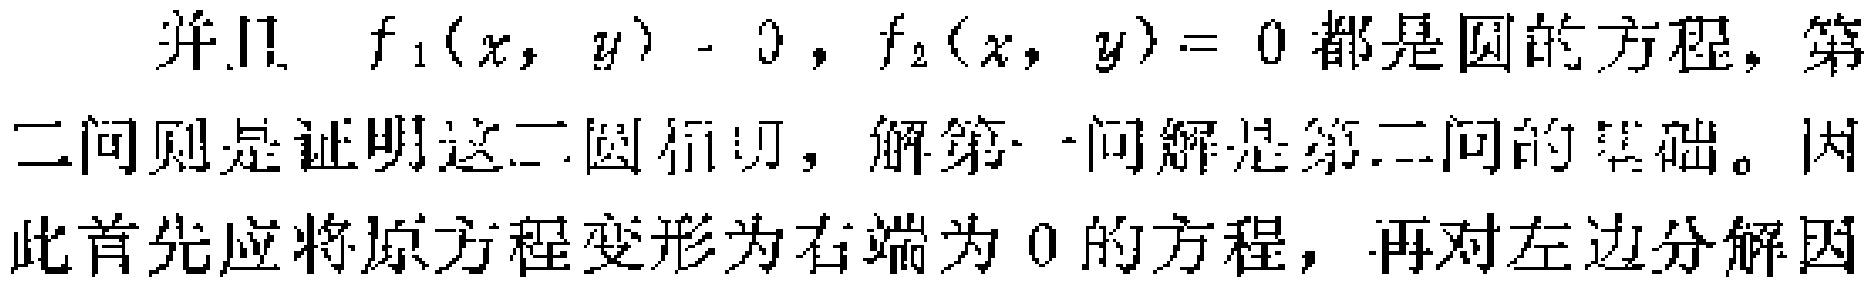
并且 \(f_1(x,y) - 0,f_2(x,y)=0\) 都是圆的方程，第二问则是证明这二圆相切，解第一问解是第二问的基础。因此首先应将原方程变形为右端为 \(0\) 的方程，再对左边分解因